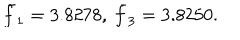
\bar { f } _ { 1 } = 3 . 8 2 7 8 , \ \bar { f } _ { 3 } = 3 . 8 2 5 0 .